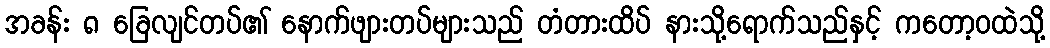
အခန်း ၈ ခြေလျင်တပ်၏ နောက်ဖျားတပ်များသည် တံတားထိပ် နားသို့ရောက်သည်နှင့် ကတော့ဝထဲသို့